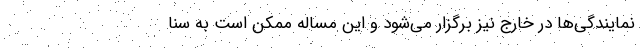
نمایندگی‌ها در خارج نیز برگزار می‌شود و این مساله ممکن است به سنا